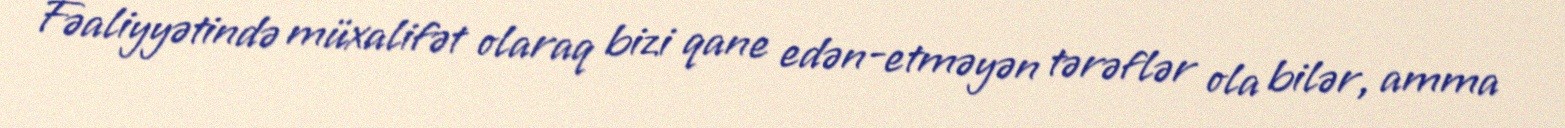
Fəaliyyətində müxalifət olaraq bizi qane edən-etməyən tərəflər ola bilər, amma